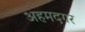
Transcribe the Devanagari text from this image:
अहमदगर